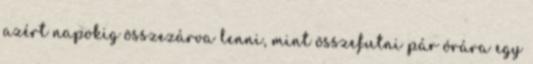
azért napokig összezárva lenni, mint összefutni pár órára egy